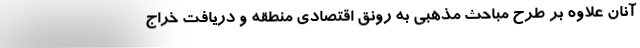
آنان علاوه بر طرح مباحث مذهبی به رونق اقتصادی منطقه و دریافت خراج